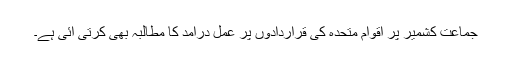
جماعت کشمیر پر اقوامِ متحدہ کی قراردادوں پر عمل درآمد کا مطالبہ بھی کرتی آئی ہے۔